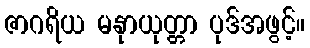
ဇာဂရိယ မနုာယုတ္တာ ပုဒ်အဖွင့်။